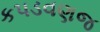
કપડવણજ